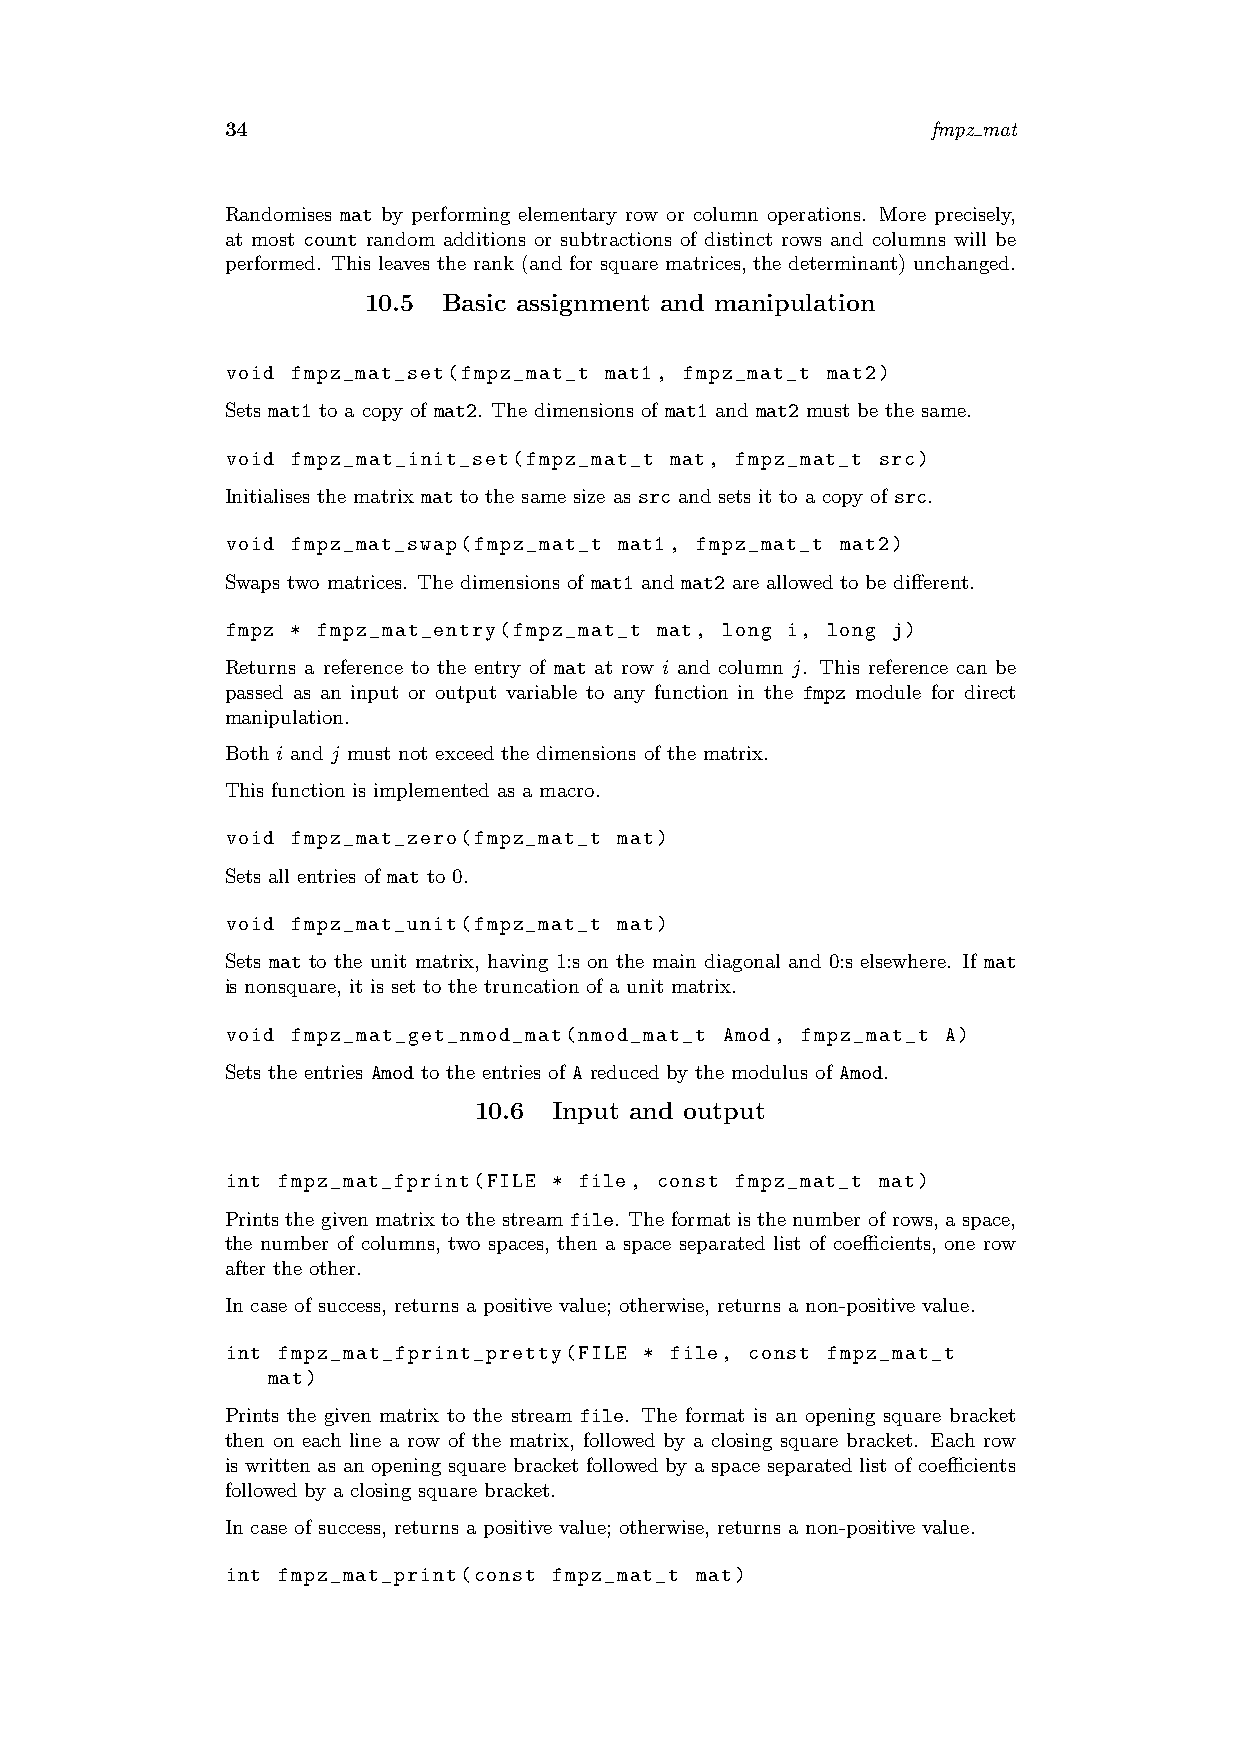
34                                             fmpz mat
 Randomises mat by performing elementary row or column operations. More precisely,
 at most count random additions or subtractions of distinct rows and columns will be
 performed. This leaves the rank (and for square matrices, the determinant) unchanged.
 10.5 Basic assignment and manipulation
 void fmpz_mat_set(fmpz_mat_t mat1, fmpz_mat_t mat2)
 Sets mat1 to a copy of mat2. The dimensions of mat1 and mat2 must be the same.
 void fmpz_mat_init_set(fmpz_mat_t mat, fmpz_mat_t src)
 Initialises the matrix mat to the same size as src and sets it to a copy of src.
 void fmpz_mat_swap(fmpz_mat_t mat1, fmpz_mat_t mat2)
 Swaps two matrices. The dimensions of mat1 and mat2 are allowed to be different.
 fmpz * fmpz_mat_entry(fmpz_mat_t mat, long i, long j)
 Returns a reference to the entry of mat at row i and column j. This reference can be
 passed as an input or output variable to any function in the fmpz module for direct
 manipulation.
 Both i and j must not exceed the dimensions of the matrix.
 This function is implemented as a macro.
 void fmpz_mat_zero(fmpz_mat_t mat)
 Sets all entries of mat to 0.
 void fmpz_mat_unit(fmpz_mat_t mat)
 Sets mat to the unit matrix, having 1:s on the main diagonal and 0:s elsewhere. If mat
 is nonsquare, it is set to the truncation of a unit matrix.
 void fmpz_mat_get_nmod_mat(nmod_mat_t Amod, fmpz_mat_t A)
 Sets the entries Amod to the entries of A reduced by the modulus of Amod.
 10.6  Input and output
 int fmpz_mat_fprint(FILE * file, const fmpz_mat_t mat)
 Prints the given matrix to the stream file. The format is the number of rows, a space,
 the number of columns, two spaces, then a space separated list of coefficients, one row
 after the other.
 In case of success, returns a positive value; otherwise, returns a non-positive value.
 int fmpz_mat_fprint_pretty(FILE * file, const fmpz_mat_t
 mat)
 Prints the given matrix to the stream file. The format is an opening square bracket
 then on each line a row of the matrix, followed by a closing square bracket. Each row
 is written as an opening square bracket followed by a space separated list of coefficients
 followed by a closing square bracket.
 In case of success, returns a positive value; otherwise, returns a non-positive value.
 int fmpz_mat_print(const fmpz_mat_t mat)